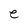
Character: e